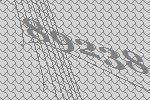
89238